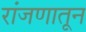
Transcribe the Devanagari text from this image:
रांजणातून